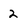
Character: 2